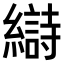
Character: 𫄋